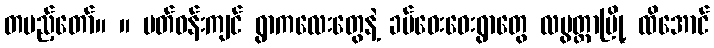
တပည့်တော်။ ။ ပတ်ဝန်းကျင် ရွာကလေးတွေနဲ့ ခပ်ဝေးဝေးရွာတွေ လပွတ္တာမြို့ ထိအောင်